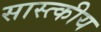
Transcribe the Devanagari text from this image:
सास्त्कीय